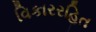
વિકારરહિત